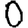
Digit: 0